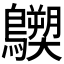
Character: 𪇐